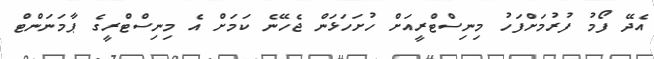
އެދޭ ފޯމު ފުރުމަށްފަހު މިނިސްޓްރީއަށް ހުށަހަޅަން ޖެހޭނެ ކަމަށް އެ މިނިސްްޓްރީގެ ޕާމަނަންޓް